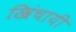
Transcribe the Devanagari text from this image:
खिंचायी